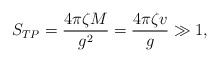
\begin{align*}S_{TP}=\frac{4\pi \zeta M}{g^2}=\frac{4\pi \zeta v}{g}\gg 1,\end{align*}